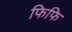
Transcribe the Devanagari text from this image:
फिफि